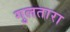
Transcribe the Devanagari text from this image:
गुलतारा